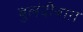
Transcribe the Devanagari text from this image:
बुलंदीबाग़